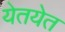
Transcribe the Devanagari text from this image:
येतयेत